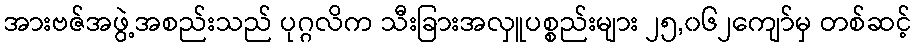
အားဗဇ်အဖွဲ့အစည်းသည် ပုဂ္ဂလိက သီးခြားအလှူပစ္စည်းများ ၂၅,၀၆၂ကျော်မှ တစ်ဆင့်